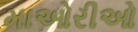
માઓરીઓ